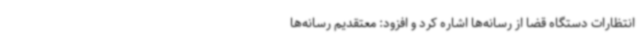
انتظارات دستگاه قضا از رسانه‌ها اشاره کرد و افزود: معتقدیم رسانه‌ها